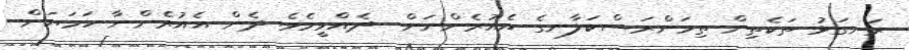
ރަނގަޅު ތަކެތިން ތިމަންރަސްކަލާނގެ އެއުރެންނަށް  ދެއްވީމެވެ. ދެން އެއުރެންނާ ހަމަޔަށް